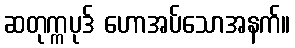
ဆတုက္ကပုဒ် ဟောအပ်သောအနက်။